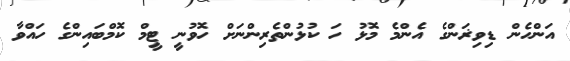
އަންހެން ޑިވިޜަންގެ އެންމެ މޮޅު ހަ ކުޅުންތެރިންނަަށް ހޮވުނީ ޓީމް ކޮމްބައިންގެ ހައްވާ